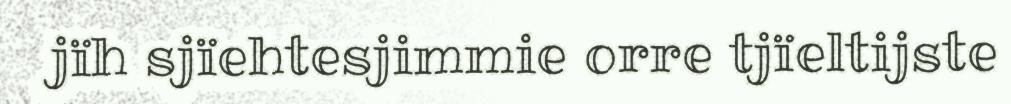
jïh sjïehtesjimmie orre tjïeltijste